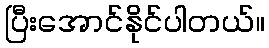
ပြီးအောင်နိုင်ပါတယ်။